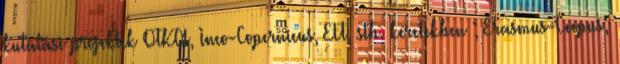
kutatási projektek OTKA, Inco-Copernicus, EU, stb. keretekben ; Erasmus-Ceepus;